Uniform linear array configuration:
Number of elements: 48
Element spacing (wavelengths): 0.25
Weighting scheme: cosine
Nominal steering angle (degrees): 30
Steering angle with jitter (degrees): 30.434
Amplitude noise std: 0.05
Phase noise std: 0.05

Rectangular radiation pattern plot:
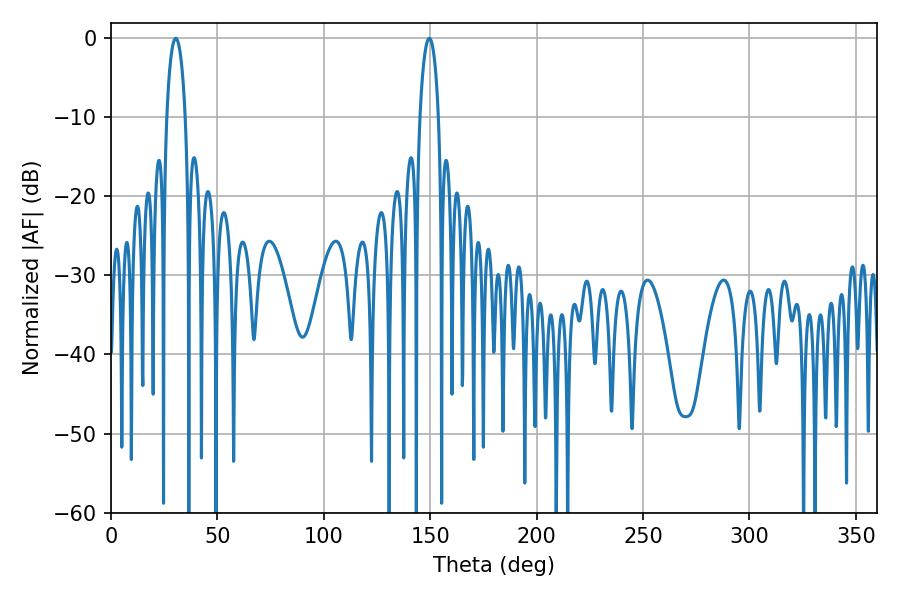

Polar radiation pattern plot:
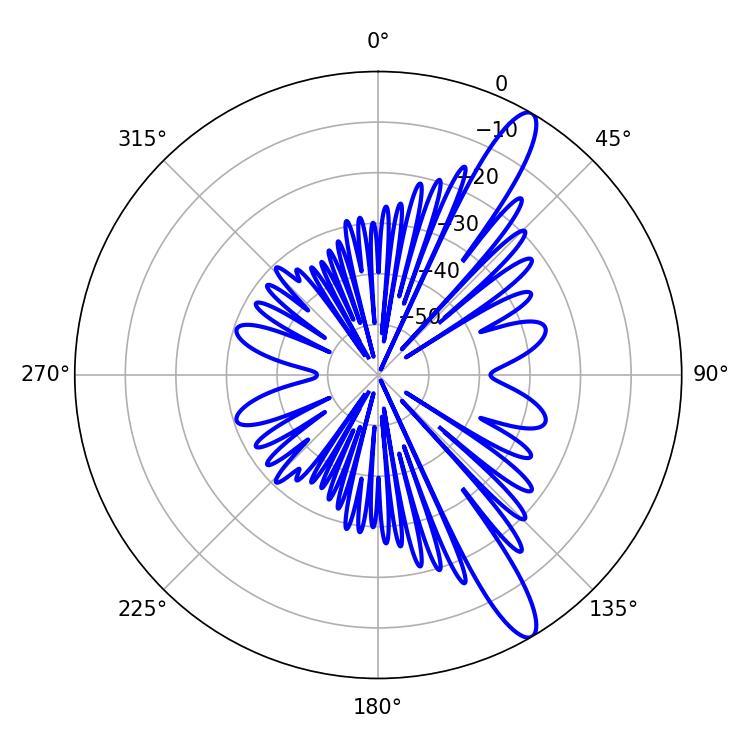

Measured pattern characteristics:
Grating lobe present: FALSE
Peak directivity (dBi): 13.066
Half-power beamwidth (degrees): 5.04
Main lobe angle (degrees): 30.42